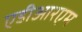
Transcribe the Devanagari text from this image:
एडीआरएम